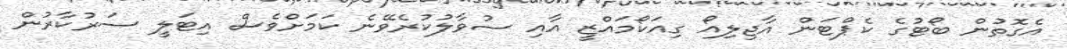
އެގޮތުން ބޯޓުގެ ކެޕްޓަން އާޖިލިއޯ ގިއަކޯމައްޒީ އާއި ސުވާލުކުރެވޭނެ ކަމަށްވެސް އިޓަލީ ސަރުކާރުން